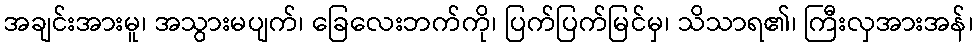
အချင်းအားမူ၊ အသွားမပျက်၊ ခြေလေးဘက်ကို၊ ပြက်ပြက်မြင်မှ၊ သိသာရ၏၊ ကြီးလှအားအန်၊